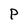
Character: P